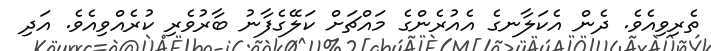
ތެރިވިއެވެ. ދެން އެކަލާނގެ އެއުރެންގެ މައްޗަށް ކަލޭގެފާނު ބާރުވެރި ކުރެއްވިއެވެ. އަދި